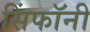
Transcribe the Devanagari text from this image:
सिंफॉनी